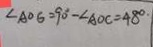
\angle A O G = 9 0 ^ { \circ } - \angle A O C = 4 8 ^ { \circ }